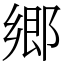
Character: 郷